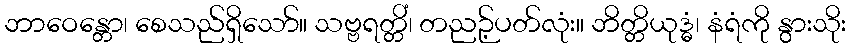
ဘာဝေန္တော၊ စေသည်ရှိသော်။ သဗ္ဗရတ္တိံ၊ တညဉ့်ပတ်လုံး။ ဘိတ္တိယုဒ္ဓံ၊ နံရံကို နွားသိုး